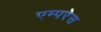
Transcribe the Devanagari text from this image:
एम्परेस